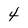
Character: 4